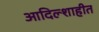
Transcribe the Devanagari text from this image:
आदिल्शाहीत